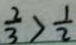
\frac { 2 } { 3 } > \frac { 1 } { 2 }